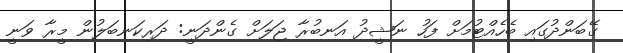
ގޭބަންދުގައި ބެހެއްޓުމަށް ފަހު ނަޝީދު އަނބުރާ ޖަލަށް ގެންދަނީ: ދަރިކަނބަލުން މީރާ ވަނީ